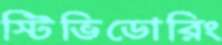
স্টিভিডোরিং